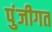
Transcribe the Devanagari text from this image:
पुंजीगत